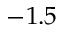
- 1 . 5